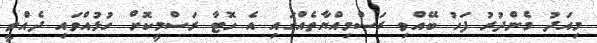
މިއަދު މެންދުރު ފަހު ބޭއްވި ރަސްމިއްޔާތެއްގައި އެ ހޮޓާ ރަސްމީކޮށް ހުޅުއްވައި ދެއްވީ